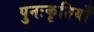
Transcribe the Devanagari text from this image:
पुनःकृतियाँ